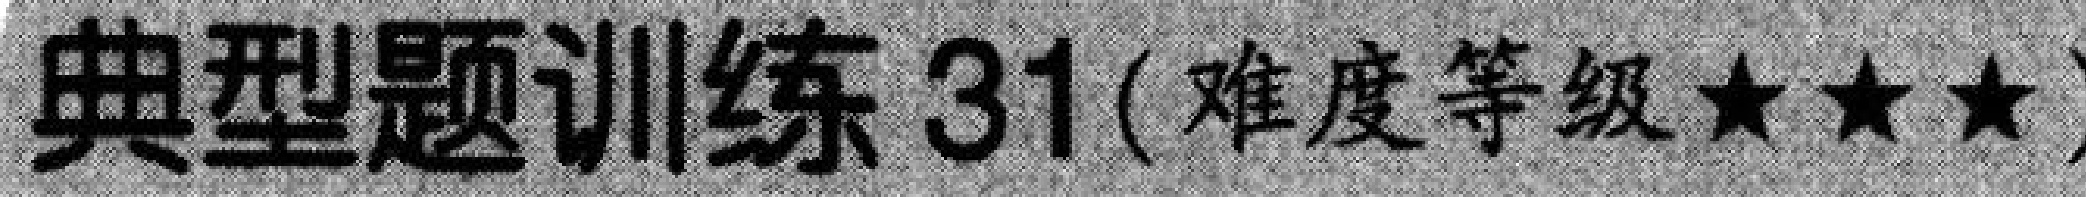
典型题训练 \(31\)(难度等级\(\star\star\star\))